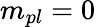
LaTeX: m_{pl}=0